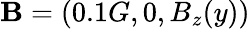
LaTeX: \textbf{B}=(0.1G,0,B_{z}(y))